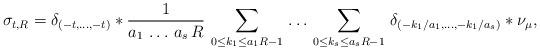
LaTeX: \begin{align*}\sigma_{t,R}=\delta_{(-t,\dots,-t)}\ast \frac{1}{a_1\,\dots\,a_s\,R}\,\sum_{0\le k_1\le a_1 R-1}\,\dots\,\sum_{0\le k_s\le a_s R-1}\,\delta_{(-k_1/a_1,\dots,-k_1/a_s)}\ast \nu_\mu,\end{align*}